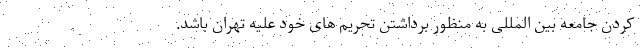
کردن جامعه بین المللی به منظور برداشتن تحریم های خود علیه تهران باشد.